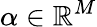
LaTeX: \alpha\in\mathbb{R}^{M}